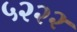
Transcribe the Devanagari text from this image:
५२२२